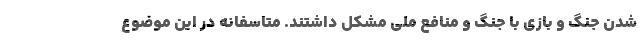
شدن جنگ و بازی با جنگ و منافع ملی مشکل داشتند. متاسفانه در این موضوع